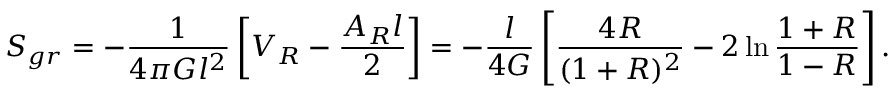
S _ { g r } = - { \frac { 1 } { 4 \pi G l ^ { 2 } } } \left[ V _ { R } - { \frac { A _ { R } l } { 2 } } \right] = - { \frac { l } { 4 G } } \left[ { \frac { 4 R } { ( 1 + R ) ^ { 2 } } } - 2 \ln { { \frac { 1 + R } { 1 - R } } } \right] .